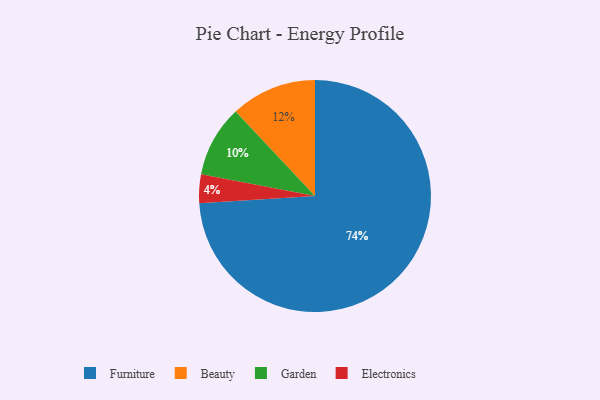
{"axis": {"x": "Category", "y": "Percentage"}, "legend": ["Beauty", "Electronics", "Furniture", "Garden"], "data": [{"x": "Beauty", "y": 12, "type": "Beauty"}, {"x": "Electronics", "y": 4, "type": "Electronics"}, {"x": "Garden", "y": 10, "type": "Garden"}, {"x": "Furniture", "y": 74, "type": "Furniture"}]}